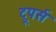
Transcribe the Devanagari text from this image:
ट्रूपर्स